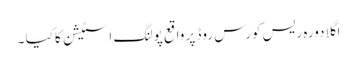
اگلا دورہ ریس کورس روڈ پر واقع پولنگ اسٹیشن کا کیا ۔